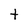
Character: t